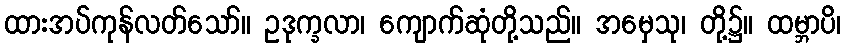
ထားအပ်ကုန်လတ်သော်။ ဥဒုက္ခလာ၊ ကျောက်ဆုံတို့သည်။ အမှေသု၊ တို့၌။ ထမ္ဘာပိ၊